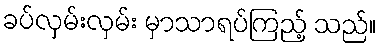
ခပ်လှမ်းလှမ်း မှာသာရပ်ကြည့် သည်။